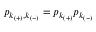
p _ { k _ { ( + ) } , k _ { ( - ) } } = p _ { k _ { ( + ) } } p _ { k _ { ( - ) } }